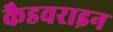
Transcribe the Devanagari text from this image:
कैडवराइन